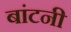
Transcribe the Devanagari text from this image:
बांटनी